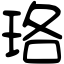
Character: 珞